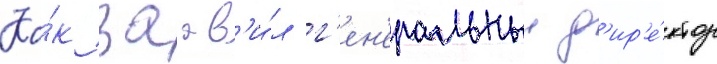
Ка́к заав'и́л г'ен'еральныи д'ир'е́ктор